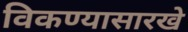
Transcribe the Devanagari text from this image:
विकण्यासारखे